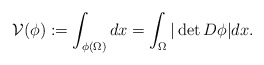
\begin{align*}\mathcal{V}(\phi):=\int_{\phi(\Omega)}dx=\int_{\Omega}|\det D\phi|dx.\end{align*}